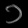
Digit: ၁